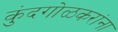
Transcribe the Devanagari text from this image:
कुंदगोळकरांना